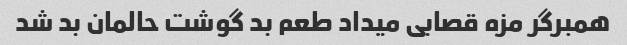
همبرگر مزه قصابی میداد طعم بد گوشت حالمان بد شد